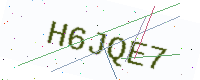
Text: H6JQE7